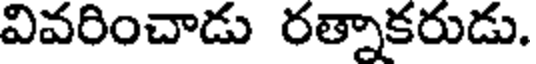
వివరించాడు రత్నాకరుడు.